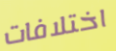
اختلافات